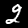
Label: 2